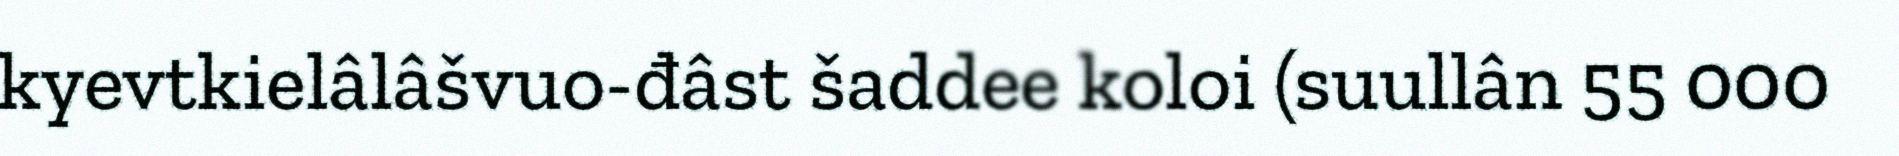
kyevtkielâlâšvuo-đâst šaddee koloi (suullân 55 000